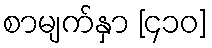
စာမျက်နှာ [၄၁၀]